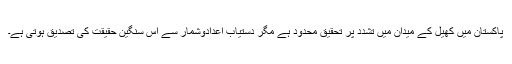
پاکستان میں کھیل کے میدان میں تشدد پر تحقیق محدود ہے مگر دستیاب اعدادوشمار سے اس سنگین حقیقت کی تصدیق ہوتی ہے۔